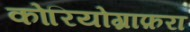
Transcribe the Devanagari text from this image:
कोरियोग्राफ़रा